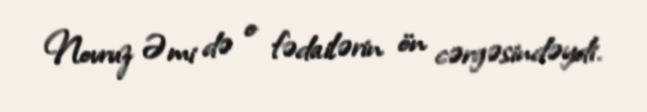
Novruz Əmi də o fədailərin ön cərgəsindəydi.